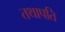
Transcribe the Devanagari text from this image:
तथापति